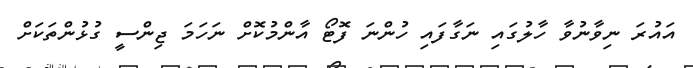
އައުރަ ނިވާނުވާ ހާލުގައި ނަގާފައި ހުންނަ ފޮޓޯ އާންމުކޮށް ނަހަމަ ޖިންސީ ގުޅުންތަކަށް